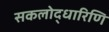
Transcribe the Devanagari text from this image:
सकलोद्धारिणि